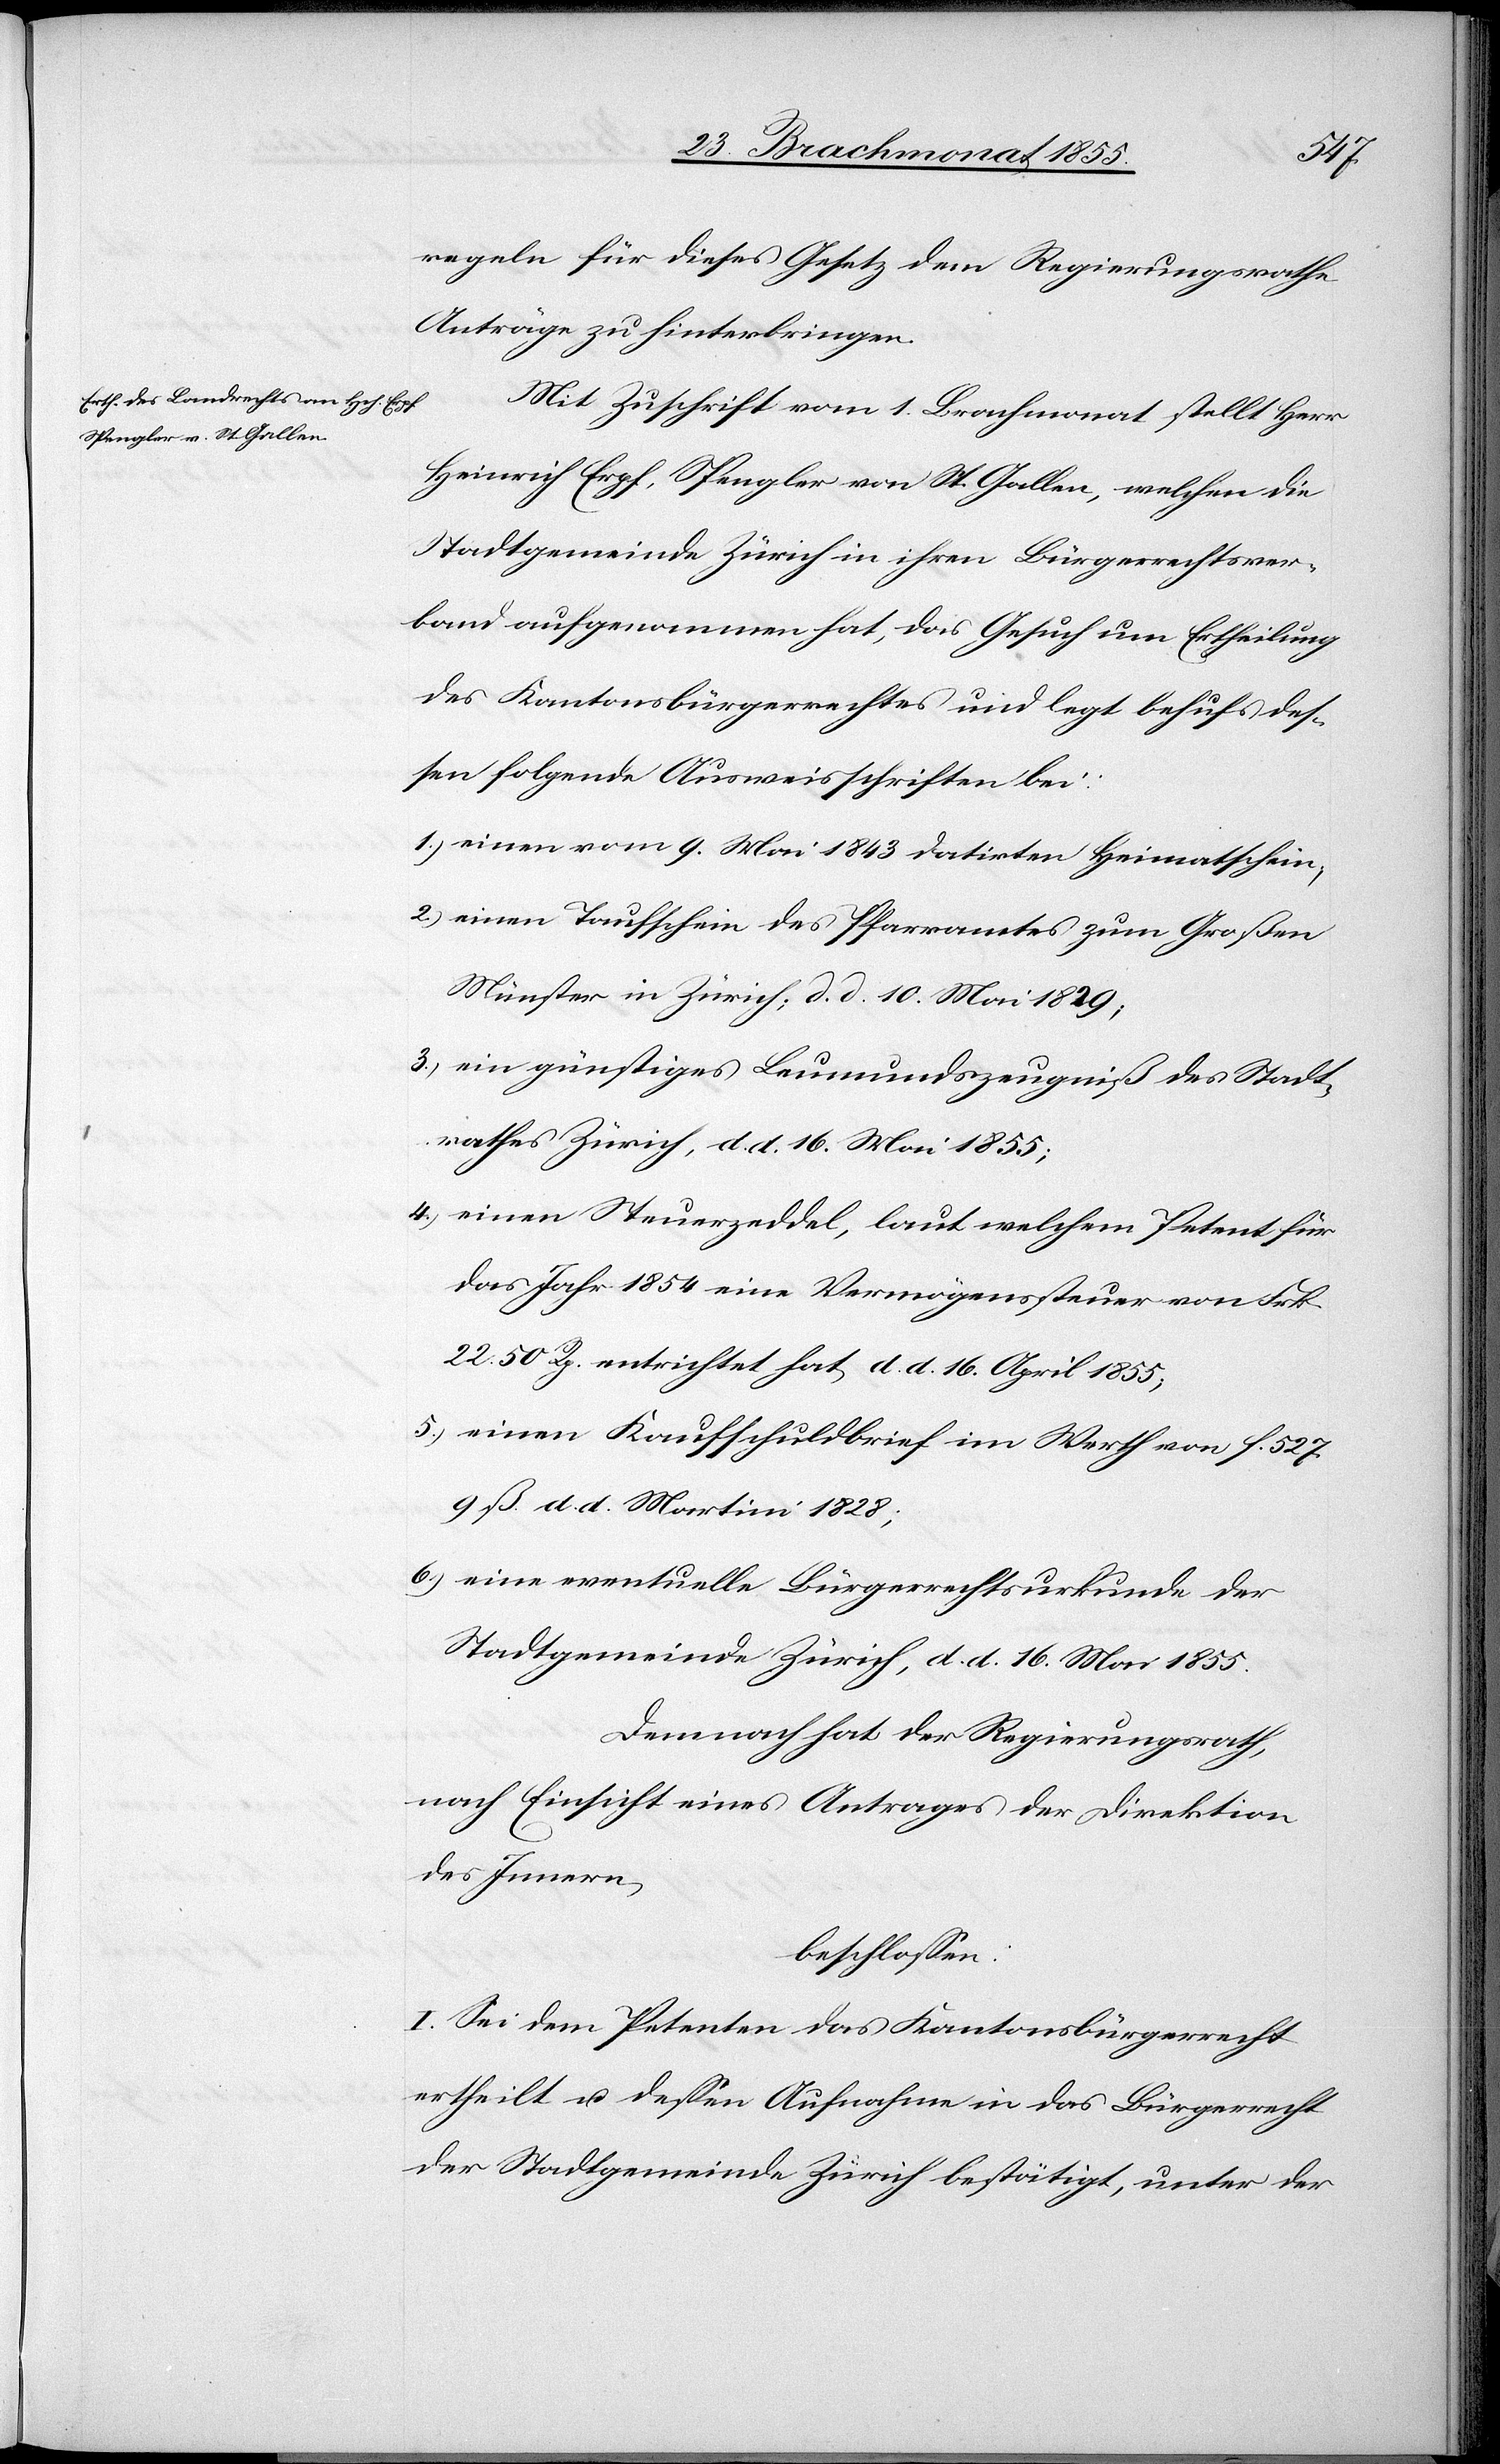
5.)
regeln für dieses Gesetz dem Regierungsrathe
Anträge zu hinterbringen.
Mit Zuschrift vom 1. Brachmonat stellt Herr
Heinrich Erpf, Spengler von St. Gallen, welchen die
Stadtgemeinde Zürich in ihren Bürgerrechtsver¬
band aufgenommen hat, das Gesuch um Ertheilung
des Kantonsbürgerrechtes und legt behufs des¬
sen folgende Ausweisschriften bei:
einen vom 9. Mai 1843 datirten Heimatschein;
einen Taufschein des Pfarramtes zum Großen
Münster in Zürich; d. d. 10. Mai 1829;
ein günstiges Leumundszeugniß des Stadt¬
rathes Zürich, d. d. 16. Mai 1855;
einen Steuerzeddel, laut welchem Petent für
das Jahr 1854 eine Vermögenssteuer von Frk.
22. 50 Rp. entrichtet hat, d. d. 16. April 1855;
einen Kaufschuldbrief im Werth von f. 527.
9 ß. d. d. Martini 1828;
eine eventuelle Bürgerrechtsurkunde der
Stadtgemeinde Zürich, d. d. 16. Mai 1855.
Demnach hat der Regierungsrath,
nach Einsicht eines Antrages der Direktion
des Innern,
beschlossen:
I. Sei dem Petenten das Kantonsbürgerrecht
ertheilt u. dessen Aufnahme in das Bürgerrecht
der Stadtgemeinde Zürich bestätigt, unter der